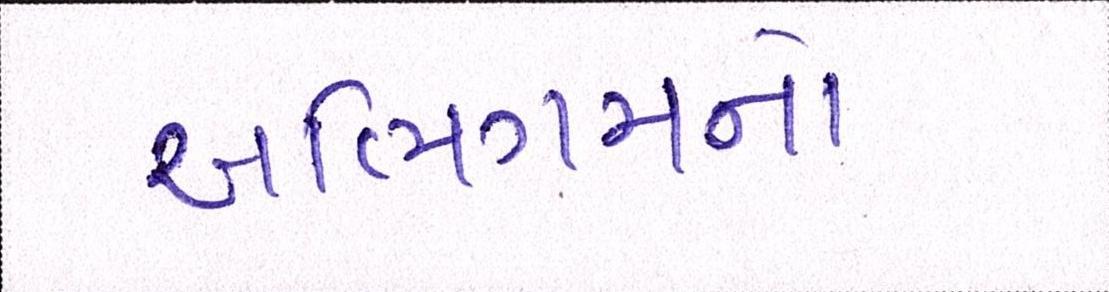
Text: અભિગમનો